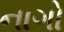
નાગો